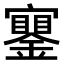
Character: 𨭧